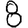
Digit: 8